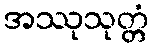
အဿုသုတ္တံ